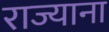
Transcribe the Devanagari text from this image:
राज्याना